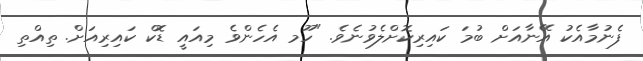
ފެނުމާއެކު އޭނާއަށް ބުމަ ކައިރިކޮށްލެވުނެވެ. "ހޫމ އެހެންވެ މިއައީ ޑޮކް ކައިރިއަށް. ތިއްތި